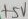
Text: +5V